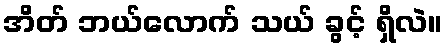
အိတ် ဘယ်လောက် သယ် ခွင့် ရှိလဲ။